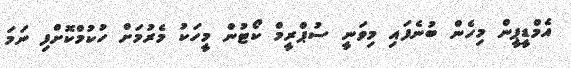
އެމްޑީޕީން މިހެން ބުނެފައި މިވަނީ ސުޕްރީމް ކޯޓުން މީހަކު މެރުމަށް ހުކުމްކޮށްފި ނަމަ